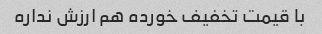
با قیمت تخفیف خورده هم ارزش نداره